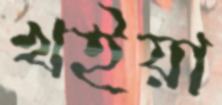
খইয়া